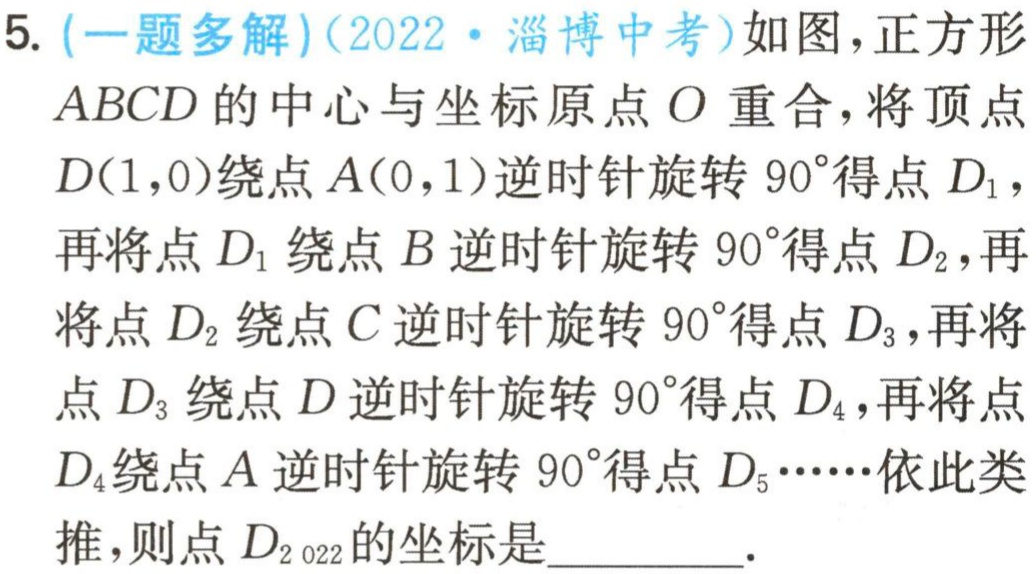
5. (一题多解)(2022·淄博中考)如图，正方形 \(ABCD\) 的中心与坐标原点 \(O\) 重合，将顶点 \(D(1,0)\) 绕点 \(A(0,1)\) 逆时针旋转 \(90^{\circ}\) 得点 \(D_1\)，再将点 \(D_1\) 绕点 \(B\) 逆时针旋转 \(90^{\circ}\) 得点 \(D_2\)，再将点 \(D_2\) 绕点 \(C\) 逆时针旋转 \(90^{\circ}\) 得点 \(D_3\)，再将点 \(D_3\) 绕点 \(D\) 逆时针旋转 \(90^{\circ}\) 得点 \(D_4\)，再将点 \(D_4\) 绕点 \(A\) 逆时针旋转 \(90^{\circ}\) 得点 \(D_5\cdots\cdots\) 依此类推，则点 \(D_{2022}\) 的坐标是  ．